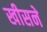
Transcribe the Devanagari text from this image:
खीसने